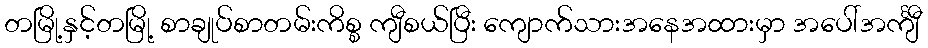
တမြို့နှင့်တမြို့ စာချုပ်စာတမ်းကိစ္စ ကျီစယ်ပြီး ကျောက်သားအနေအထားမှာ အပေါ်အင်္ကျီ